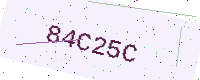
Text: 84C25C